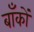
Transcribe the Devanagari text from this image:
बाँकों